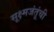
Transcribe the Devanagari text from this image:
सूक्ष्मजंतूंची